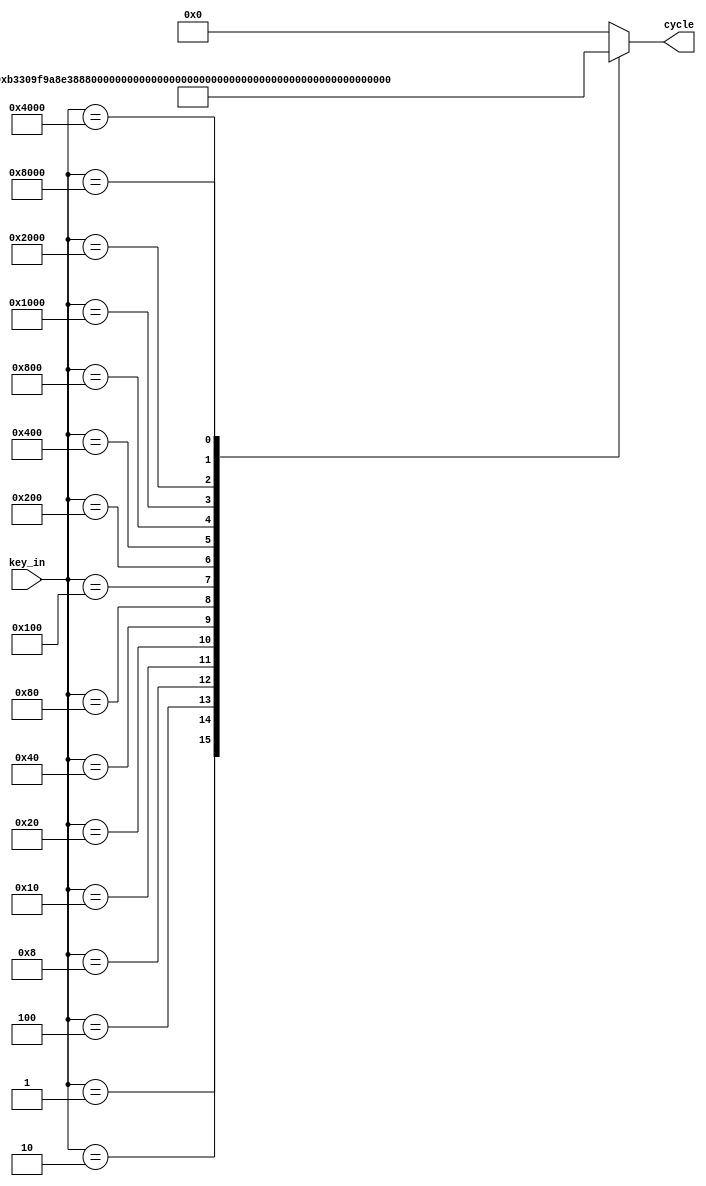
module tone
(
input			[15:0]	key_in,
output	reg		[15:0]	cycle
);

//PWM
//261.6Hz12MHz
//12M/261.6=45872
//PWMcyclePWM
always@(key_in) begin
	case(key_in)
		16'h0001: cycle = 16'd45872;	//L1,
		16'h0002: cycle = 16'd40858;	//L2,
		16'h0004: cycle = 16'd36408;	//L3,
		16'h0008: cycle = 16'd34364;	//L4,
		16'h0010: cycle = 16'd30612;	//L5,
		16'h0020: cycle = 16'd27273;	//L6,
		16'h0040: cycle = 16'd24296;	//L7,
		16'h0080: cycle = 16'd22931;	//M1,
		16'h0100: cycle = 16'd20432;	//M2,
		16'h0200: cycle = 16'd18201;	//M3,
		16'h0400: cycle = 16'd17180;	//M4,
		16'h0800: cycle = 16'd15306;	//M5,
		16'h1000: cycle = 16'd13636;	//M6,
		16'h2000: cycle = 16'd12148;	//M7,
		16'h4000: cycle = 16'd11478;	//H1,
		16'h8000: cycle = 16'd10215;	//H2,
		default:  cycle = 16'd0;		//cycle0PWM0
	endcase
end
	
endmodule